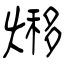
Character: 熪